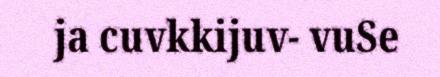
ja cuvkkijuv- vuSe